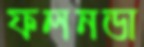
ফলনডা